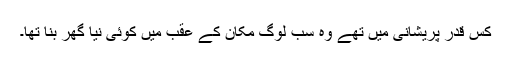
کس قدر پریشانی میں تھے وہ سب لوگ مکان کے عقب میں کوئی نیا گھر بنا تھا۔